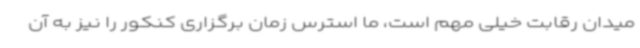
میدان رقابت خیلی مهم است، ما استرس زمان برگزاری کنکور را نیز به آن